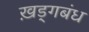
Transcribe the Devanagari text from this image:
ख़ड्गबंध